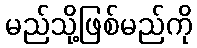
မည်သို့ဖြစ်မည်ကို